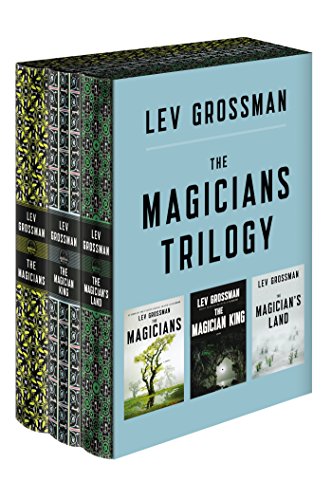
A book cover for The Magicians Trilogy Boxed Set; Lev Grossman; Science Fiction & Fantasy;